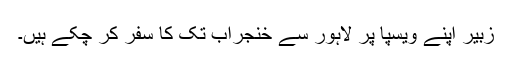
زبیر اپنے ویسپا پر لاہور سے خنجراب تک کا سفر کر چکے ہیں۔